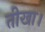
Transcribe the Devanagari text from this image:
तीखा।